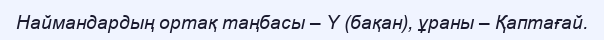
Наймандардың ортақ таңбасы – Y (бақан), ұраны – Қаптағай.